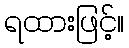
ရထားဖြင့်။